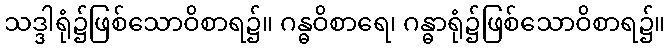
သဒ္ဒါရုံ၌ဖြစ်သောဝိစာရ၌။ ဂန္ဓဝိစာရေ၊ ဂန္ဓာရုံ၌ဖြစ်သောဝိစာရ၌။